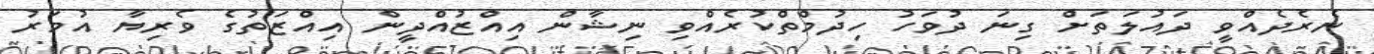
ނެރެދެއްވީ ދައުލަތަށް ގިނަ ދުވަހު ހިދުމްތްކުރެއްވި ނިޝާން އިއްޒުއްދީން އިއްޒަތުގެ ވެރިޔާ އުމަރު